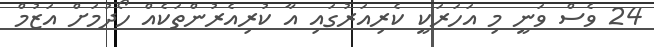
24 ވެސް ވަނީ މި އަހަރަކީ ކެރިއަރުގައި އާ ކުރިއެރުންތަކެއް ހޯދުމަށް އަޒުމް